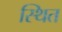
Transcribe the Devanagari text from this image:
स्थित